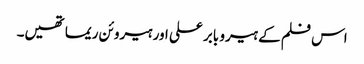
اس فلم کے ہیرو بابر علی اور ہیروئن ریما تھیں۔